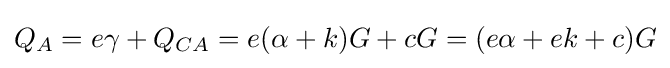
Q_{A}=e\gamma +Q_{CA}=e(\alpha +k)G+cG=(e\alpha +ek+c)G